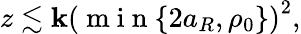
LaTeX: z\lesssim\mathbf{k}\left(\mathrm{{~m~i~n~}}\{ 2a_{R},\rho_{0}\} \right)^{2},